[Report on the health of British troops in the Madras command]
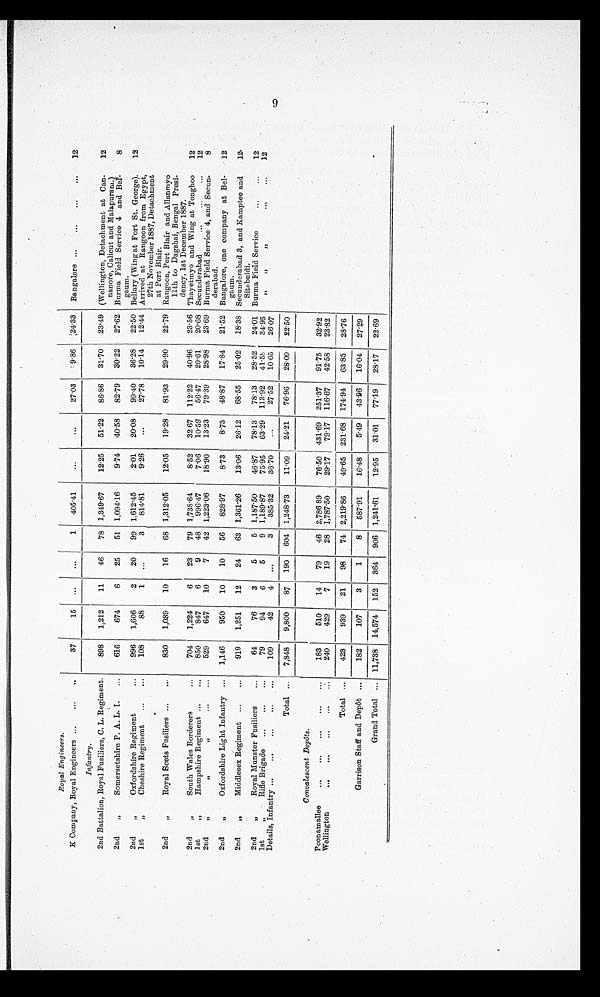
Royal Engineers.
K Company, Royal Engineers ...
...
. .
37
15
...
...
1
405.41
. . .
. . .
27.03
9.86
24.33
Bangalore ...
...
...
. . .
12
Infantry.
2nd Battalion, Royal Fusiliers, C. L. Regiment.
898
1,212
11
46
78 1,349.67
12.25
51.22
86.36
31.70
23.49 (Wellington, Detachment at Can-
nanore, Calicut and Malapuram.)
12
2nd
„
Somersetshire P. A. L. I.
...
616
674
6
25
51 1,094.16
9.74
40.58
82.79
30.22
27.62 Burma Field Service 4 and Bel-
gaum.
8
2nd
„
Oxfordshire Regiment
...
9 9 6 1,606
2
20
99 1,612.45
2.01
20.08
99.40
36.28
22.50 Bellary (Wing at Fort St. George).
12
1
...
3
814.81
9.26
...
27.78
10.14
12.44 Arrived at Rangoon from Egypt,
27th November 1887, Detachment
at Port Blair.
1st
„
Cheshire Regiment
...
. . .
108
88
2nd
„
Royal Scots Fusiliers ...
. . .
830
1,089
10
16
68 1,312.05
12.05
19.28
81.93
29.90
22.79 Rangoon, Port Blair and Allanmyo
11th to Dagshai, Bengal Presi-
dency, 1st December 1887.
2nd
„
South Wales Borderer
. . .
704
1,224
6
23
79 1,738.64
8.52
32.67 112.22
40.96
23.56 Thayetmyo and Wing at Tonghoo
12
850
847
6
9
48
996.47
7.06
10.59
56.47
20.61
20.68 Secunderabad
. . .
. . .
. . .
12
1st
Hampshire Regiment ...
...
, ,
,,
„
. . .
. . .
529
647
10
7
42 1,223.06
18.90
13.23
79.39
28.98
23.69 Burma Field Service 4, and Secun-
derabad.
8
2nd
„
2nd
„
Oxfordshire Light Infantry ...
1,146
950
10
10
56
828.97
8.73
8.73
48.87
17.84
21.52 Bangalore, one company at Bel-
gaum.
12
2nd
„
Middlesex Regiment ...
...
919
1,251
12
24
63 1,361.26
13.06
26.12
68.55
25.02
18.38 Secunderabad 3, and Kamptee and
Sitabuldi.
12.
2nd
, ,
Royal Munster Fusiliers
...
64
76
3
5
5 1,187.50
46.87
78.13
78.13
28.52
24.01 Burma Field Service
...
...
12
1st
„
„
...
79
94
6
5
9 1,189.87
75.95
63.29 113.92
41.58
34.95
„
„
„
...
...
12
Rifle Brigade ...
...
...
...
109
42
4
...
3
385.32
36.70
...
27.52
10.05
26.07
Details, Infantry ...
...
...
Total ...
7,848
9,800
87
190
604 1,248.73
11.09
24.21
76.96
28.09
22.50
Convalescent Depôts.
Poonamallee
...
. . .
. . .
. . .
. . .
183
510
14
79
46 2,786.89
76.50 431.69 251.37
91.75
32.92
Wellington
. . .
...
. . .
...
. . .
240
429
7
19
28 1,787.50
29.17 79.17 116.67
42.58
23.82
Total ...
423
939
21
98
74 2,219.86
49.65 231.68 174.94
63.85
28.76
Garrison Staff and Depot
. . .
182
107
3
1
8
587.91
16.48
5.49
43.96
16.04
27.29
Grand Total ... 11,738 14,574
152
364
906 1,241.61
12.95
31.01
77.19
28.17
22.69
9